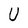
Character: U